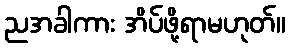
ညအခါကား အိပ်ဖို့ရာမဟုတ်။